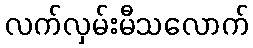
လက်လှမ်းမီသလောက်